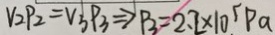
V _ { 2 } P _ { 2 } = V _ { 3 } P _ { 3 } \Rightarrow P _ { 3 } = 2 . 2 \times 1 0 ^ { 5 } P a